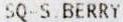
SQ-S.BERRY